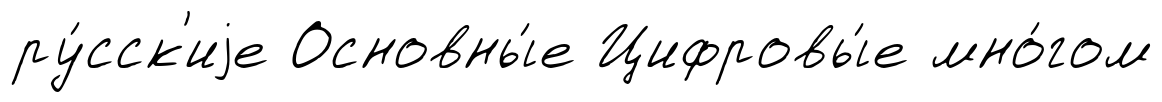
ру́сск'иjе Основны́е Цифровы́е мно́гом